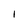
Character: l